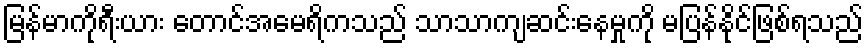
မြန်မာကိုရီးယား တောင်အမေရိကသည် သာသာကျဆင်းနေမှုကို မပြန်နိုင်ဖြစ်ရသည်